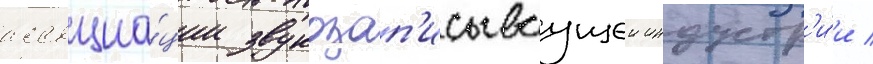
ассоциа́ции звукозап'исываущеи индустр'и́и /